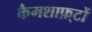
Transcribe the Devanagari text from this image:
कैमशाफ़्टों